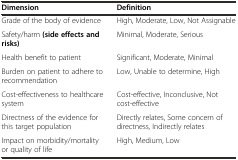
<table><thead><tr><td><b>Dimension</b></td><td><b>Definition</b></td></tr></thead><tbody><tr><td>Grade of the body of evidence</td><td>High, Moderate, Low, Not Assignable</td></tr><tr><td>Safety/harm <b>(side effects and risks)</b></td><td>Minimal, Moderate, Serious</td></tr><tr><td>Health benefit to patient</td><td>Significant, Moderate, Minimal</td></tr><tr><td>Burden on patient to adhere to recommendation</td><td>Low, Unable to determine, High</td></tr><tr><td>Cost-effectiveness to healthcare system</td><td>Cost-effective, Inconclusive, Not cost-effective</td></tr><tr><td>Directness of the evidence for this target population</td><td>Directly relates, Some concern of directness, Indirectly relates</td></tr><tr><td>Impact on morbidity/mortality or quality of life</td><td>High, Medium, Low</td></tr></tbody></table>